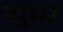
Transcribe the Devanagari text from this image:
युची